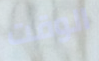
الوقت